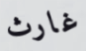
غارث